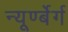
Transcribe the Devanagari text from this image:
न्यूर्ण्बेर्ग